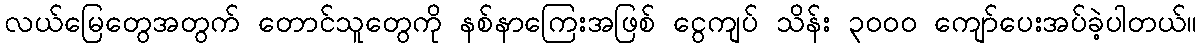
လယ်မြေတွေအတွက် တောင်သူတွေကို နစ်နာကြေးအဖြစ် ငွေကျပ် သိန်း ၃၀၀၀ ကျော်ပေးအပ်ခဲ့ပါတယ်။